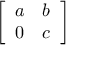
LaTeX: \left[ \begin{array} { l l } { a } & { b } \\ { 0 } & { c } \end{array} \right]